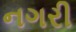
નગરી